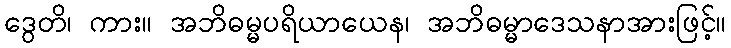
ဒွေတိ၊ ကား။ အဘိဓမ္မပရိယာယေန၊ အဘိဓမ္မာဒေသနာအားဖြင့်။